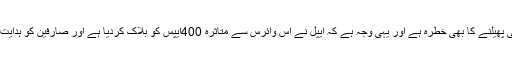
تاحال اس کا زیادہ تر اثر چین میں دیکھا گیا ہے لیکن تیزی سے دیگر ممالک میں بھی پھیلنے کا بھی خطرہ ہے اور یہی وجہ ہے کہ ایپل نے اس وائرس سے متاثرہ 400ایپس کو بلاک کردیا ہے اور صارفین کو ہدایت کی ہے کہ وہ صرف کمپنی کی طرف سے دستیاب کی گئی ایپس کو ڈاﺅن لوڈ کریں ۔